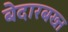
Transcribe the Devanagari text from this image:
बेदारबख्त